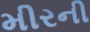
મીરની